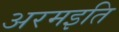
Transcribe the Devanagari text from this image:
अरमइति